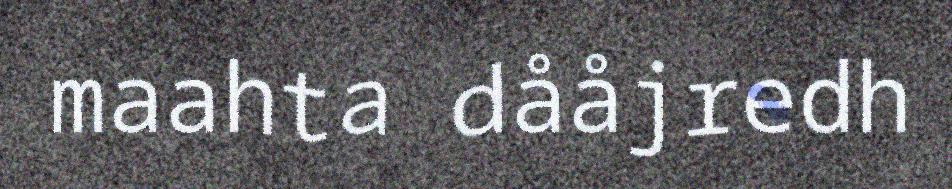
maahta dååjredh